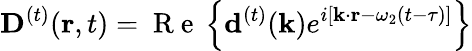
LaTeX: {{\mathbf D}^{(t)}}({\mathbf r},t)=\mathrm{~R~e~}\left\{ {{\mathbf d}^{(t)}}({\mathbf k})e^{i\left[{\mathbf k}\cdot{\mathbf r}-\omega_{2}(t-\tau)\right]}\right\}